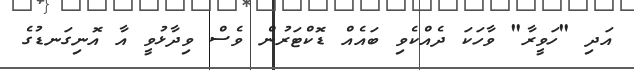
އަދި "ހަވީރާ" ވާހަކަ ދެއްކެވި ބައެއް ޑޮކްޓަރުން ވެސް ވިދާޅުވީ އާ އޮނިގަނޑުގެ